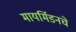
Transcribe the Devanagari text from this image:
मायर्मिडनचे